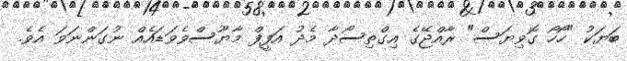
ބަޔަކު "ހޯހޯ ގޮވިޔަސް" ރާއްޖޭގެ އިގްތިސޯދާ މެދު އަފީފް މާޔޫސްވެވަޑައެއް ނުގަންނަވަ އެވެ.